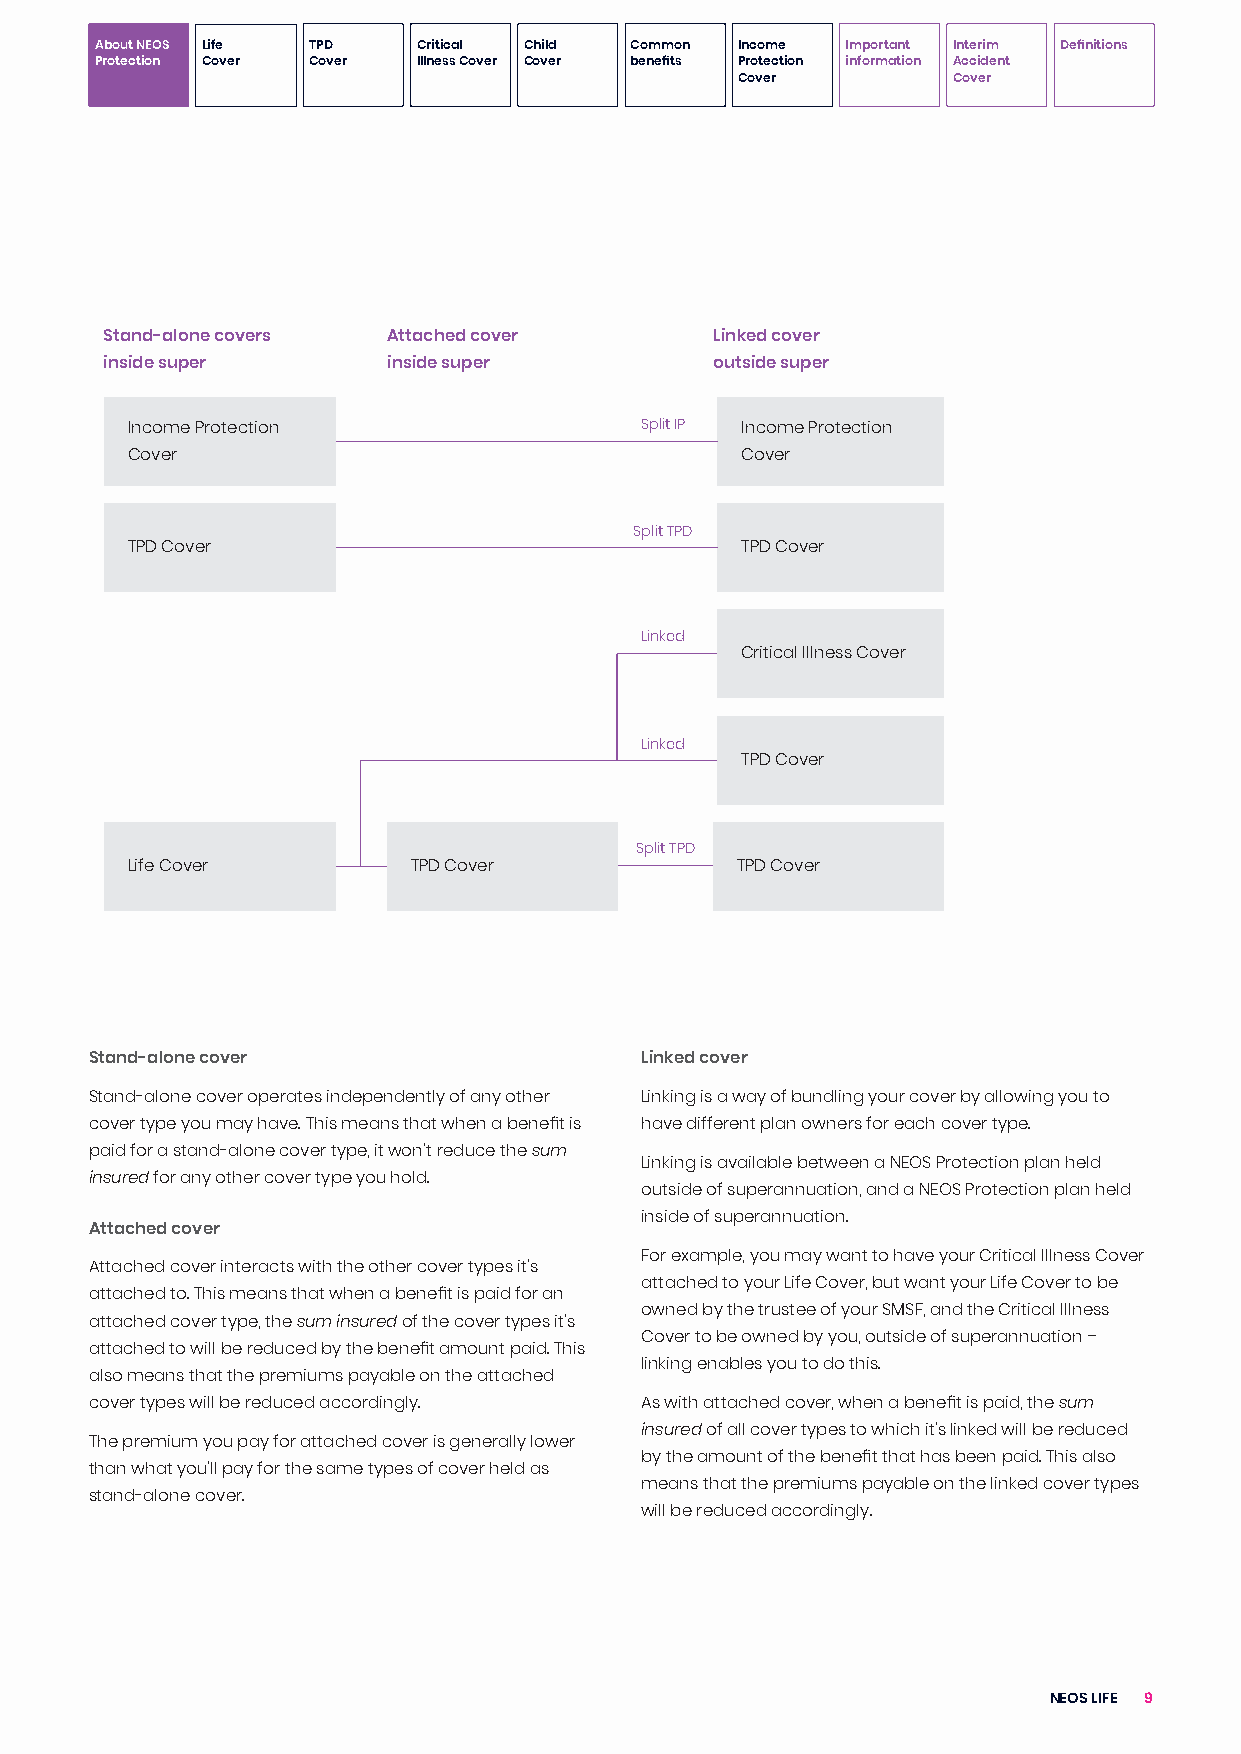
About NEOS Life TPD   Critical Child Common Income Important Interim Definitions
 Protection Cover Cover Illness Cover Cover benefits Protection information Accident
 Cover         Cover
 Stand-alone covers Attached cover       Linked cover
 inside super       inside super         outside super
 Income Protection                 Split IP Income Protection
 Cover                                    Cover
 Split TPD
 TPD Cover                                TPD Cover
 Linked
 Critical Illness Cover
 Linked
 TPD Cover
 Split TPD
 Life Cover         TPD Cover             TPD Cover
 Stand-alone cover                   Linked cover
 Stand-alone cover operates independently of any other Linking is a way of bundling your cover by allowing you to
 cover type you may have. This means that when a benefit is have different plan owners for each cover type.
 paid for a stand-alone cover type, it won’t reduce the sum
 Linking is available between a NEOS Protection plan held
 insured for any other cover type you hold.
 outside of superannuation, and a NEOS Protection plan held
 inside of superannuation.
 Attached cover
 For example, you may want to have your Critical Illness Cover
 Attached cover interacts with the other cover types it’s
 attached to your Life Cover, but want your Life Cover to be
 attached to. This means that when a benefit is paid for an
 owned by the trustee of your SMSF, and the Critical Illness
 attached cover type, the sum insured of the cover types it’s
 Cover to be owned by you, outside of superannuation –
 attached to will be reduced by the benefit amount paid. This
 linking enables you to do this.
 also means that the premiums payable on the attached
 cover types will be reduced accordingly. As with attached cover, when a benefit is paid, the sum
 insured of all cover types to which it’s linked will be reduced
 The premium you pay for attached cover is generally lower
 by the amount of the benefit that has been paid. This also
 than what you’ll pay for the same types of cover held as
 means that the premiums payable on the linked cover types
 stand-alone cover.
 will be reduced accordingly.
 NEOS LIFE 9